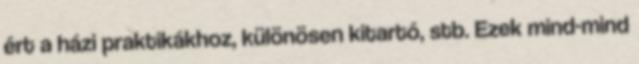
ért a házi praktikákhoz, különösen kitartó, stb. Ezek mind-mind